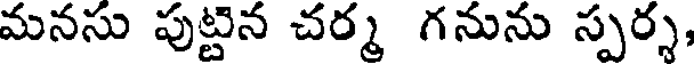
మనసు పుట్టిన చర్మ గనును స్పర్శ,